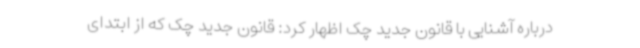
درباره آشنایی با قانون جدید چک اظهار کرد: قانون جدید چک که از ابتدای